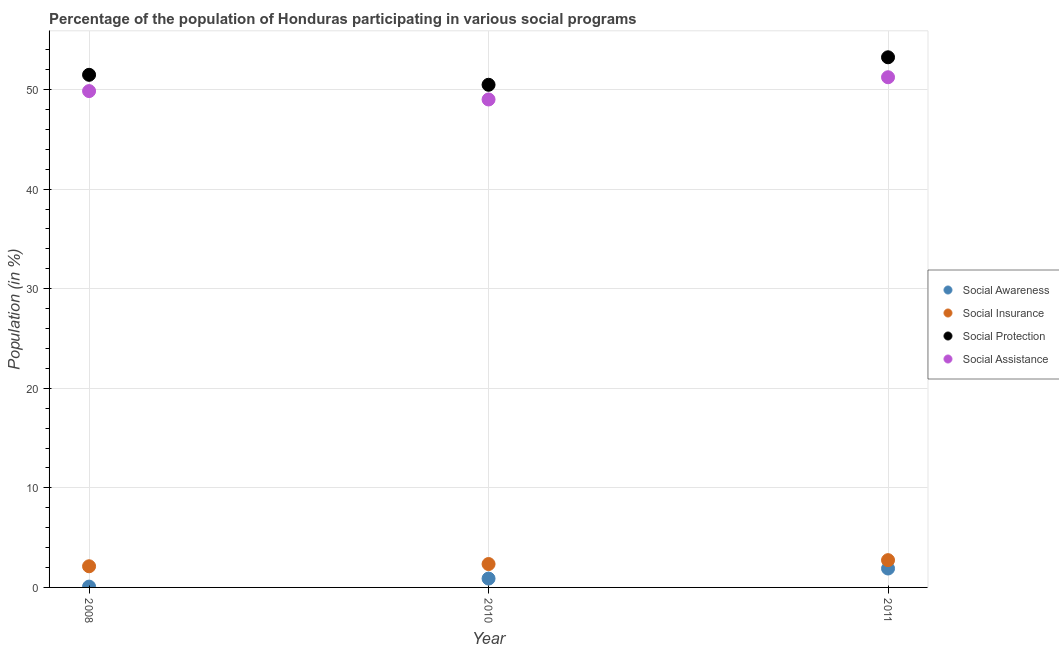
| Year | Social Awareness | Social Insurance | Social Protection | Social Assistance |
 | --- | --- | --- | --- | --- |
 | 2008 | 0.0816 | 2.12 | 51.5 | 49.8 |
 | 2010 | 0.889 | 2.35 | 50.5 | 49 |
 | 2011 | 1.9 | 2.74 | 53.2 | 51.2 |